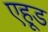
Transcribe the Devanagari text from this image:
एहूड